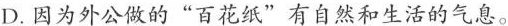
D.因为外公做的”百花纸”有自然和生活的气息。